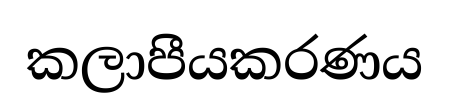
කලාපීයකරණය